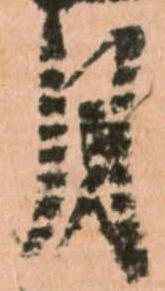
月